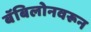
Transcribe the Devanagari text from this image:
बॅबिलोनवरून